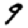
Digit: 9